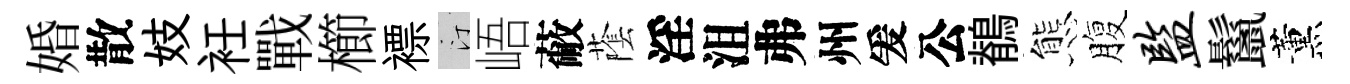
婚散妓衽戰櫛褾汀峿蔽䕃淫沮弗州爰公鶺態腹监鬣薰